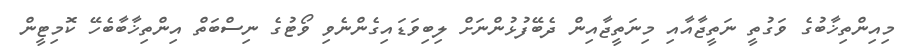
މިއިންތިޚާބުގެ ވަގުތީ ނަތީޖާއާއި މިނަތީޖާއިން ދެބޭފުޅުންނަށް ލިބިވަޑައިގެންނެވި ވޯޓުގެ ނިސްބަތް އިންތިޚާބާބެހޭ ކޮމިޓީން